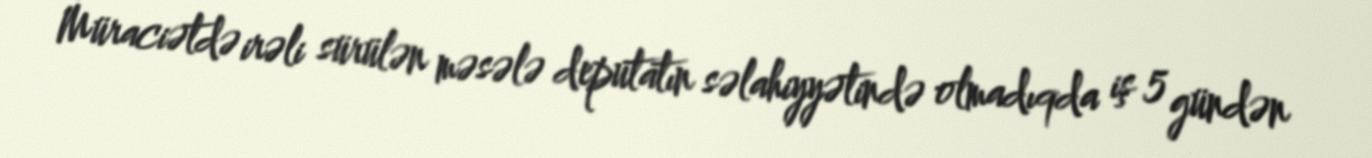
Müraciətdə irəli sürülən məsələ deputatın səlahiyyətində olmadıqda iş 5 gündən